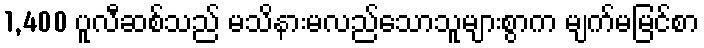
1,400 ပူလီဆစ်သည် မသိနားမလည်သောသူများစွာက မျက်မမြင်စာ